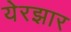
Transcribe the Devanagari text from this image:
येरझार